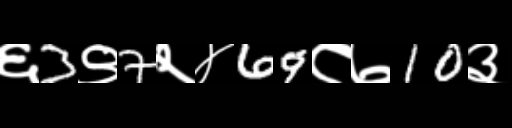
Text: ६3९7२४69८७10३